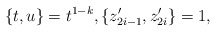
\begin{align*}\{t,u\}=t^{1-k}, \{z_{2i-1}', z_{2i}'\} = 1,\end{align*}